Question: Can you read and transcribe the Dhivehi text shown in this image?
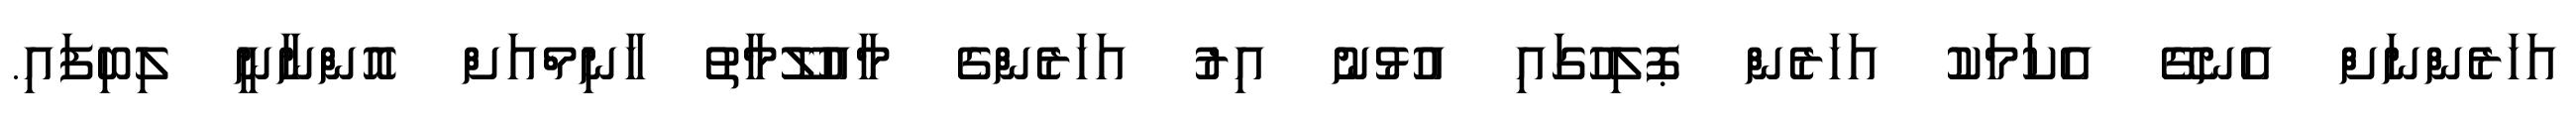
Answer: އަހަރެންނަށް އެނގޭ އެކަމަކު އަހަރެން ޕޮލިހުގައި އުޅުނު އިރު އަހަރެންގެ މާއުލޫމާތު ހާނިމްއަށް އޮންނާނީ ލިބިފައި.